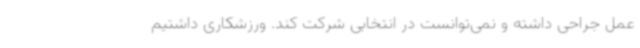
عمل جراحی داشته و نمی‌توانست در انتخابی شرکت کند. ورزشکاری داشتیم